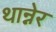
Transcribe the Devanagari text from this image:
थान्नेर